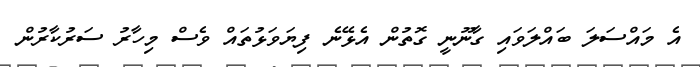
އެ މައްސަލަ ބައްލަވައި ގާނޫނީ ގޮތުން އެޅޭނެ ފިޔަވަޅުތައް ވެސް މިހާރު ސަރުކާރުން